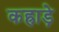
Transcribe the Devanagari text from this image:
कह्राड़े